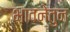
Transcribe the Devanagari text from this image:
भावनेतुन